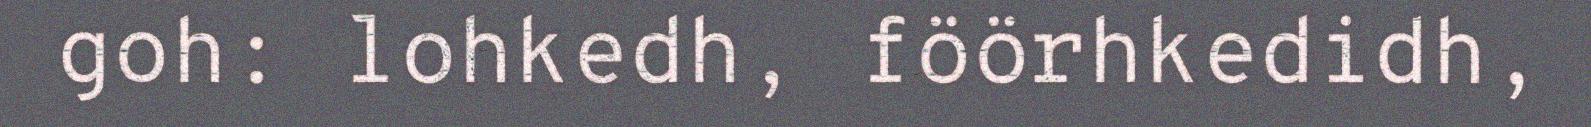
goh: lohkedh, föörhkedidh,